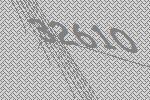
32610